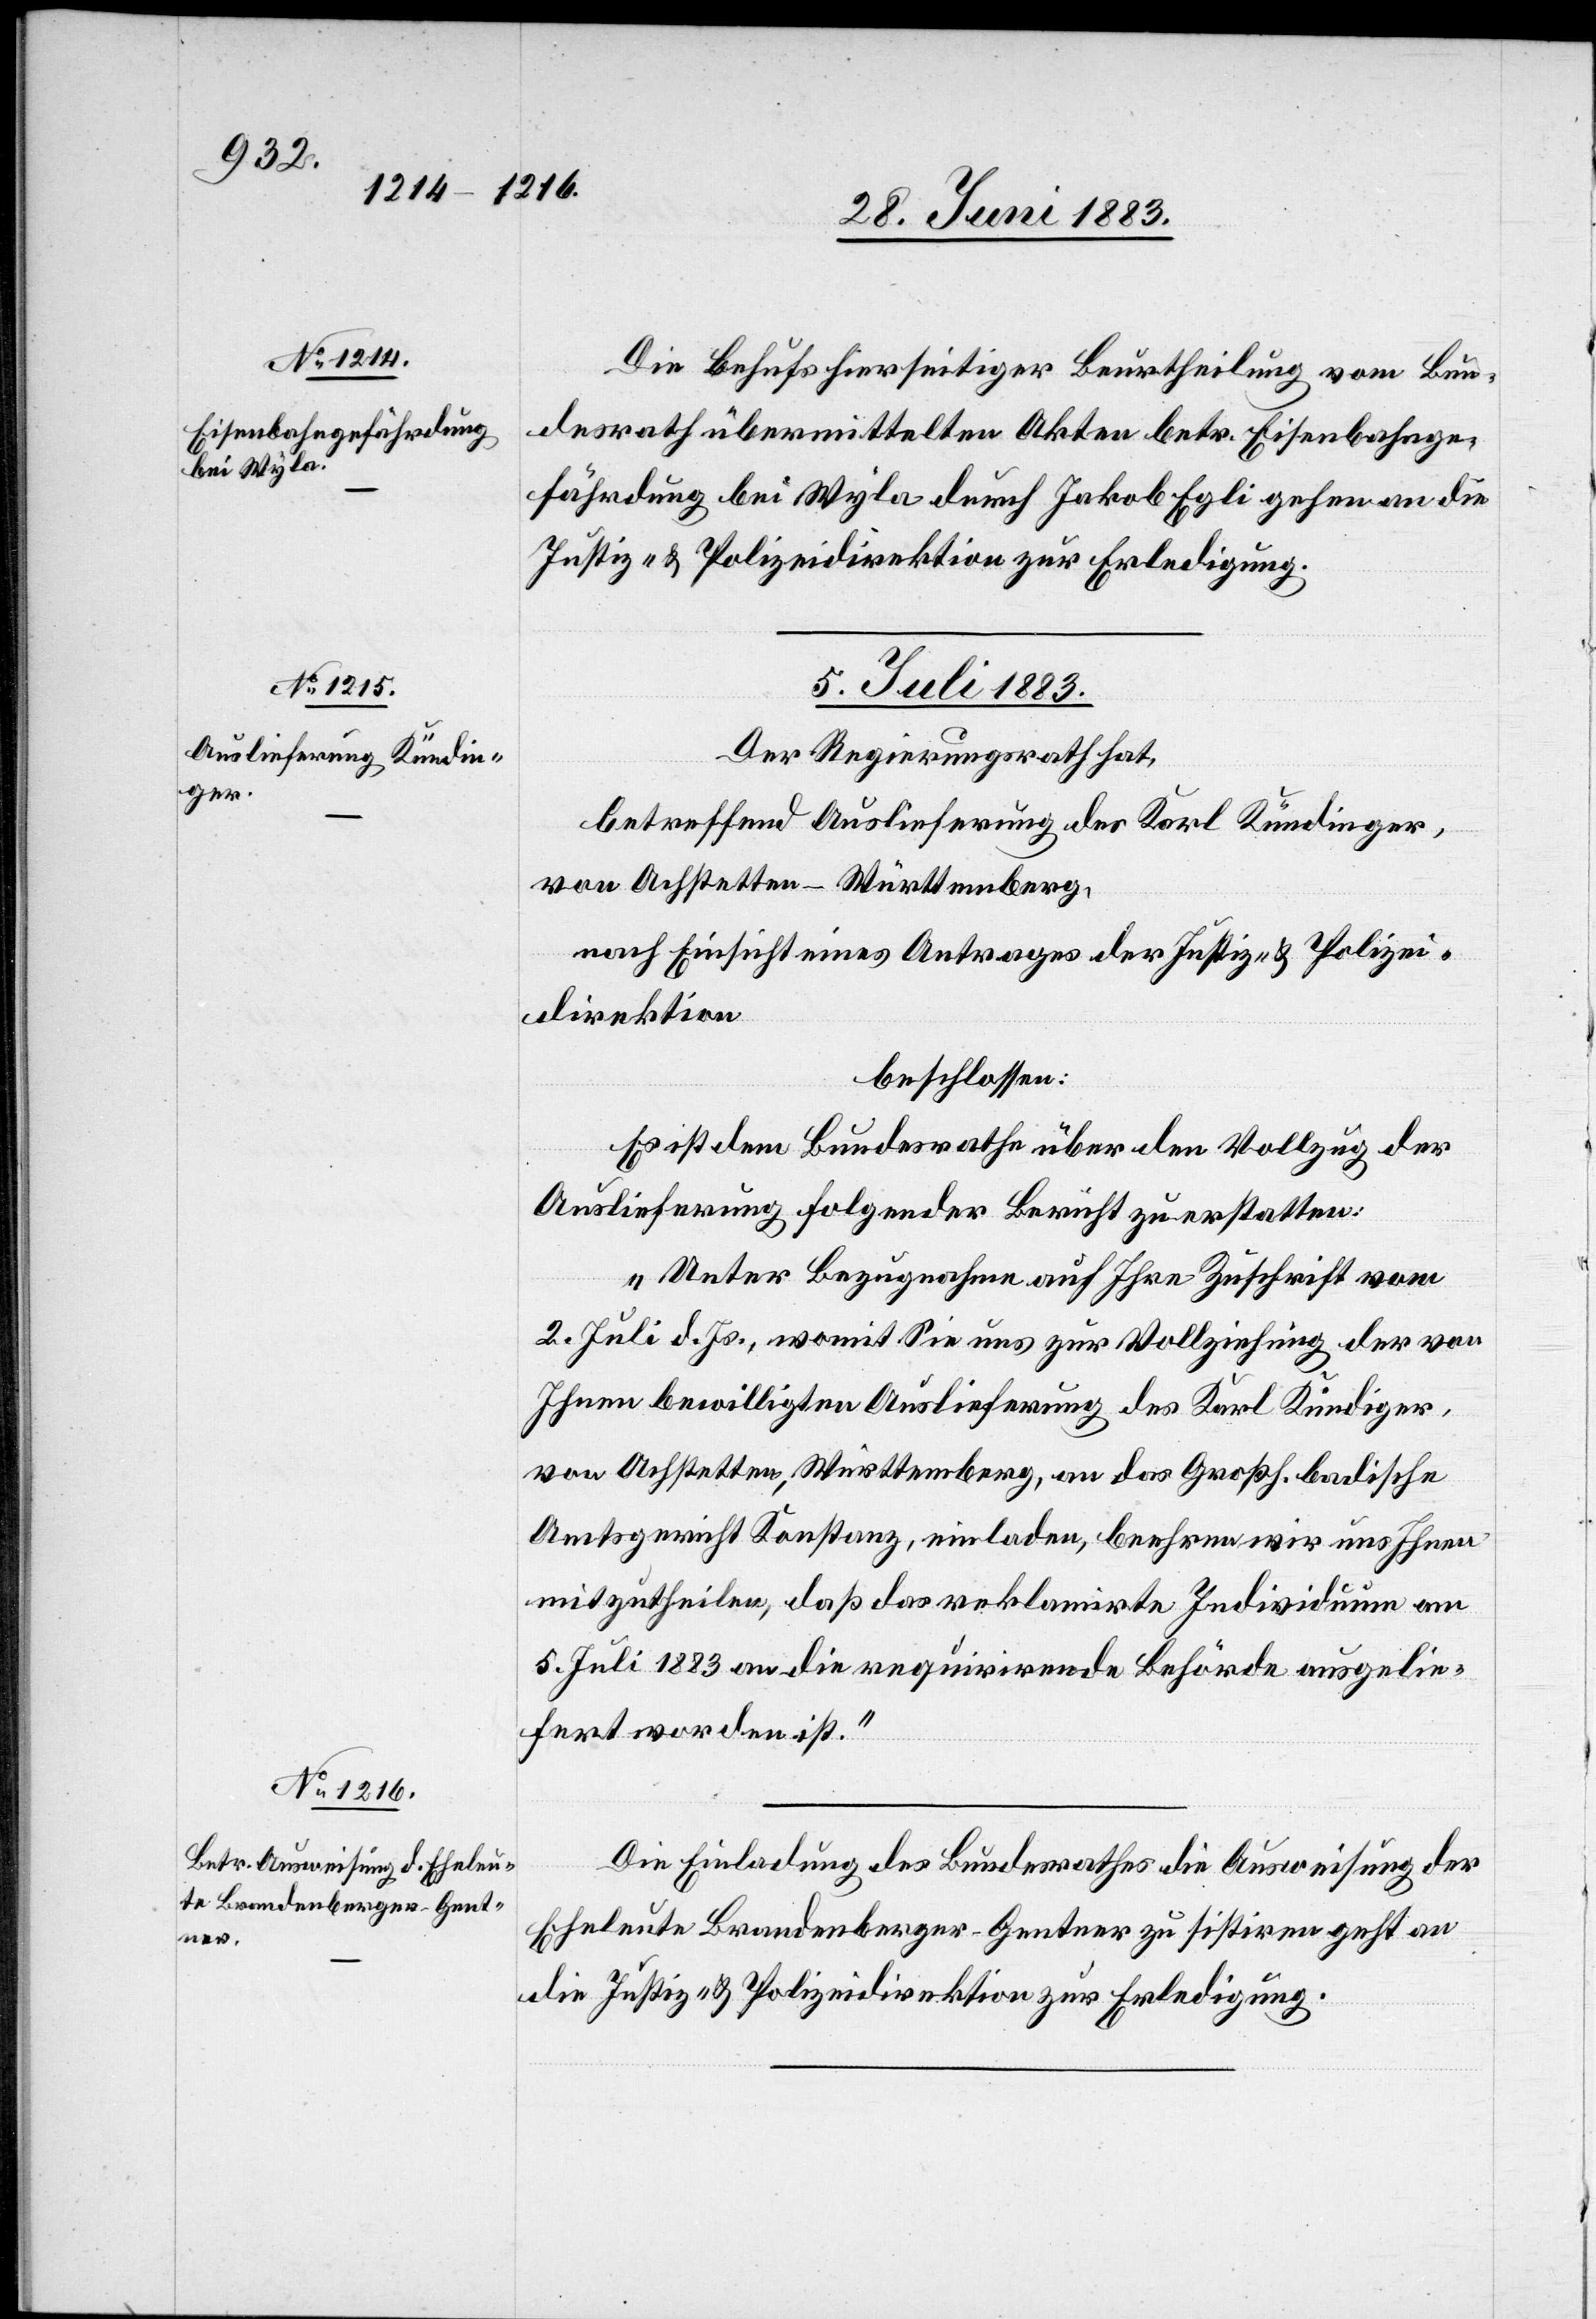
Die behufs hierseitiger Beurtheilung vom Bun¬
desrath übermittelten Akten betr. Eisenbahnge¬
fährdung bei Wyla durch Jakob Egli gehen an die
Justiz- & Polizeidirektion zur Erledigung.
5. Juli 1883.]
Der Regierungsrath hat,
betreffend Auslieferung des Karl Kündinger,
von Achstetten - Württemberg,
nach Einsicht eines Antrages der Justiz- & Polizei¬
direktion,
beschlossen:
Es ist dem Bundesrathe über den Vollzug der
Auslieferung folgender Bericht zu erstatten:
„Unter Bezugnahme auf Ihre Zuschrift vom
2. Juli d. Js., womit Sie uns zur Vollziehung der von
Ihnen bewilligten Auslieferung des Karl Kündiger
von Achstetten, Württemberg, an das Großh. badische
Amtsgericht Konstanz, einladen, beehren wir uns Ihnen
mitzutheilen, daß das reklamirte Individuum am
5. Juli an die requirirende Behörde ausgelie¬
fert worden ist.“
Die Einladung des Bundesrathes die Ausweisung der
Eheleute Brandenberger-Gentner zu sistiren geht an
die Justiz- & Polizeidirektion zur Erledigung.